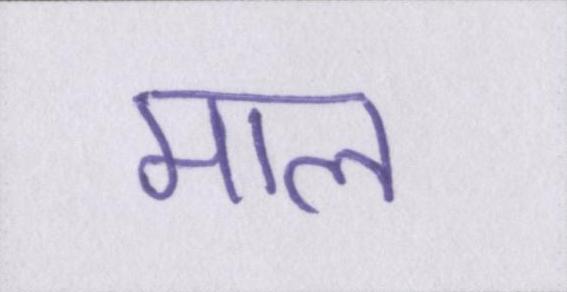
माल